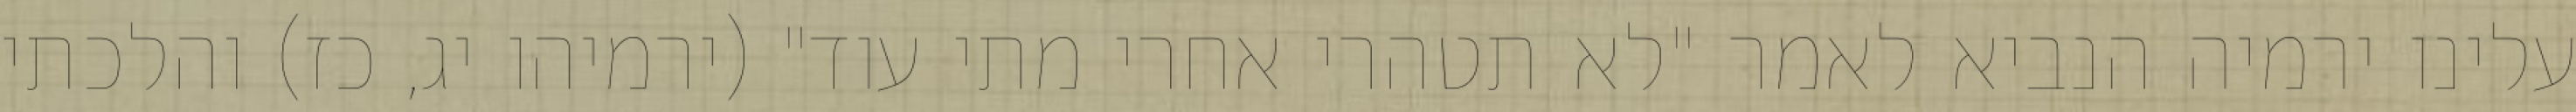
עלינו ירמיה הנביא לאמר "לא תטהרי אחרי מתי עוד" (ירמיהו יג, כז) והלכתי